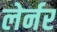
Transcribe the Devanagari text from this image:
लेर्नर